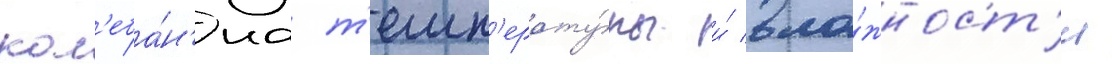
кол'еба́н'иа т'емп'ерату́ры и́ вла́жност'и